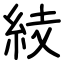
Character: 𥿔